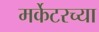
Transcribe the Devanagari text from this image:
मर्केटरच्या